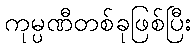
ကုမ္ပဏီတစ်ခုဖြစ်ပြီး